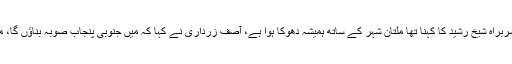
پی ٹی آئی کے جلسے سے خطاب کرتے عوام مسلم لیگ نے سربراہ شیخ رشید کا کہنا تھا ملتان شہر کے ساتھ ہمیشہ دھوکا ہوا ہے، آصف زرداری نے کہا کہ میں جنوبی پنجاب صوبہ بناؤں گا، مگر الیکشن کے بعد آصف زرداری نواز شریف سے مل گئے ۔